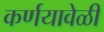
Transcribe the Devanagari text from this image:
कर्णयावेळी